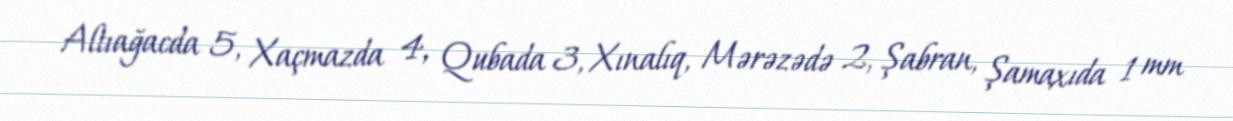
Altıağacda 5, Xaçmazda 4, Qubada 3, Xınalıq, Mərəzədə 2, Şabran, Şamaxıda 1 mm